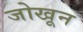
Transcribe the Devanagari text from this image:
जोखून